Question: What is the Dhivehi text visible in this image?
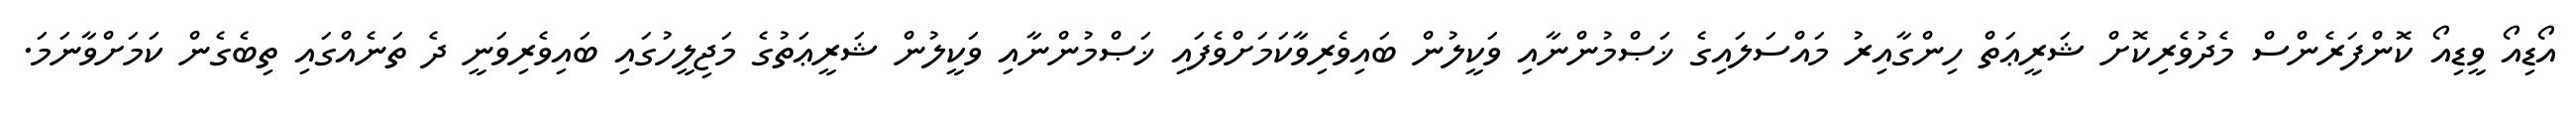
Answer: އޯޑިއޯ ވީޑިއޯ ކޮންފަރެންސް މެދުވެރިކޮށް ޝަރީޢަތް ހިންގާއިރު މައްސަލައިގެ ޚަޞްމުންނާއި ވަކީލުން ބައިވެރިވާކަމަށްވެފައި ޚަޞްމުންނާއި ވަކީލުން ޝަރީޢަތުގެ މަޖިލީހުގައި ބައިވެރިވަނީ ދެ ތަނެއްގައި ތިބެގެން ކަމަށްވާނަމަ.